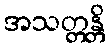
အသတ္တန္တိ